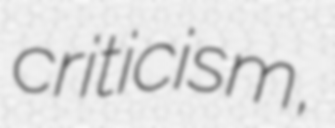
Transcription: criticism,